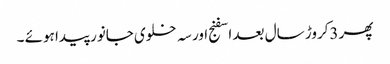
پھر 3کروڑ سال بعد اسفنج اور سہ خلوی جانور پیدا ہوئے ۔